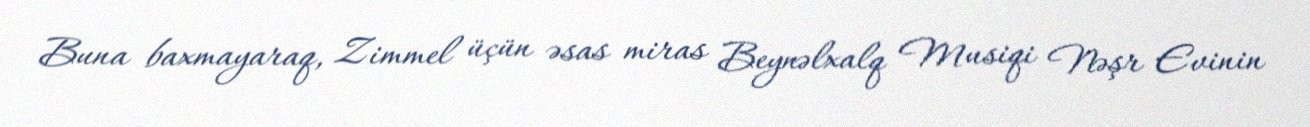
Buna baxmayaraq, Zimmel üçün əsas miras Beynəlxalq Musiqi Nəşr Evinin